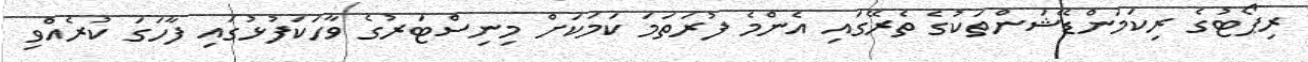
ރިޕޯޓުގެ ރިކަމަންޑޭޝަންތަކުގެ ތެރޭގައި އެންމެ ފުރަތަމަ ކަމަކަށް މިނިސްޓަރުގެ ވާހަކަފުޅުގައި ފާހަގަ ކުރެއްވި